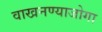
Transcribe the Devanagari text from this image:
वाखनण्याजोगा